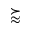
\succapprox